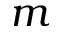
m